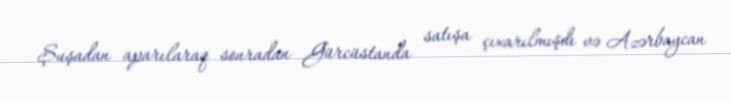
Şuşadan aparılaraq sonradan Gürcüstanda satışa çıxarılmışdı və Azərbaycan